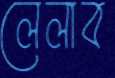
লেলাব